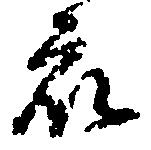
衆